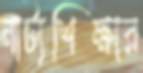
নাট্যশিক্ষার